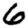
Digit: 6